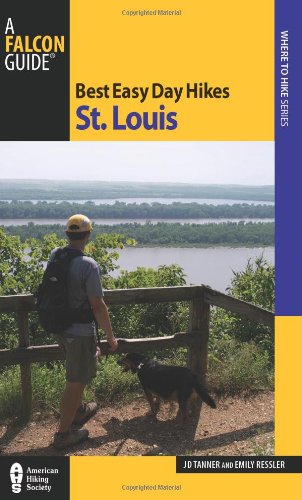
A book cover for Best Easy Day Hikes St. Louis (Best Easy Day Hikes Series); Jd Tanner; Travel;